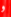
و